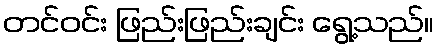
တင်ဝင်း ဖြည်းဖြည်းချင်း ရွေ့သည်။